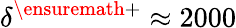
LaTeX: {\delta}^{\ensuremath{+}}\approx 2000